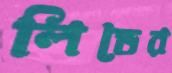
লিডের